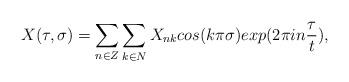
LaTeX: \begin{align*}X(\tau,\sigma)=\sum_{n\in Z}\sum_{k\in N}X_{nk}cos(k\pi\sigma)exp(2\pi in\frac{\tau}{t}), \end{align*}